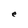
Character: e